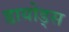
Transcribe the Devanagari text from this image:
डायोड्स